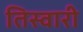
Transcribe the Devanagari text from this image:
तिस्वारी